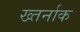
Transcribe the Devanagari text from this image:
ख्तर्नाक